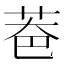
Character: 𦮹